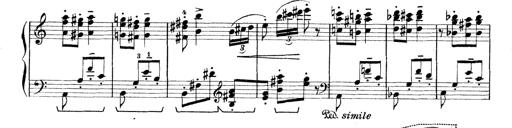
Title: Rapsodie: 19 ungheresi, 1 spagnuola
Composer: Franz Liszt